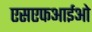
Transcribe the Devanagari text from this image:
एसएफआईओ